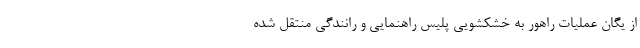
از یگان عملیات راهور به‌ خشکشویی پلیس راهنمایی و رانندگی منتقل شده